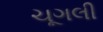
ચૂગલી